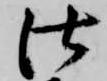
仕